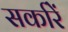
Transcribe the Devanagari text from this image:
सर्कारें